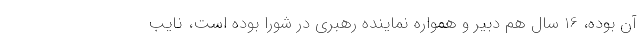
آن بوده، 16 سال هم دبیر و همواره نماینده رهبری در شورا بوده است، نایب